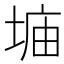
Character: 𫮂